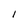
Character: 1